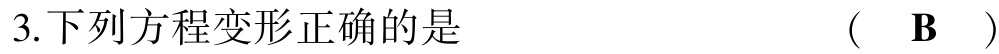
3.下列方程变形正确的是  (  B  )